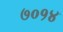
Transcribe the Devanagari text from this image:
७०१४